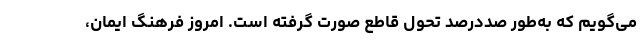
می‌گویم که به‌طور صددرصد تحول قاطع صورت گرفته است. امروز فرهنگ ایمان،